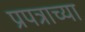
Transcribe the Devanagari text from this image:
प्रपत्राच्या